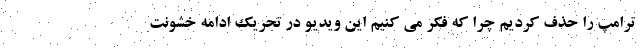
ترامپ را حذف کردیم چرا که فکر می کنیم این ویدیو در تحریک ادامه خشونت